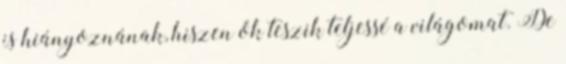
is hiányoznának, hiszen ők teszik teljessé a világomat. De